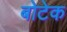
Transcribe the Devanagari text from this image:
बोटेक